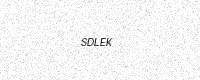
Text: SDLEK